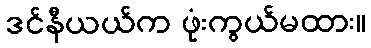
ဒင်နီယယ်က ဖုံးကွယ်မထား။